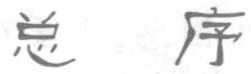
总序